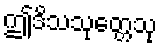
ဤဒိသသုတ္တေသု